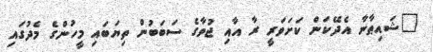
"ޝައިޠާނާ އެދޭކަން ކަށަވަރީ ރާ އާއި ޖުވާގެ ސަބަބުން ތިޔަބައި މީހުންގެ މެދުގައި